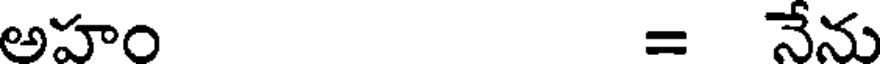
అహం = నేను